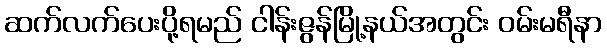
ဆက်လက်ပေးပို့ရမည် ငါန်းဇွန်မြို့နယ်အတွင်း ဝမ်းမရီနာ